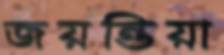
জয়ন্তিয়া